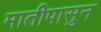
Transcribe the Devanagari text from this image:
मातीपासुन